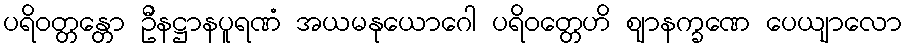
ပရိဝတ္တန္တော ဦနဋ္ဌာနပူရဏံ အယမနုယောဂေါ ပရိဝတ္တေဟိ ဈာနက္ခဏေ ပေယျာလော